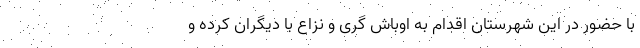
با حضور در این شهرستان اقدام به اوباش گری و نزاع با دیگران کرده و